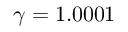
\gamma = 1 . 0 0 0 1